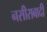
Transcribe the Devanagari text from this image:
नसीराबादी